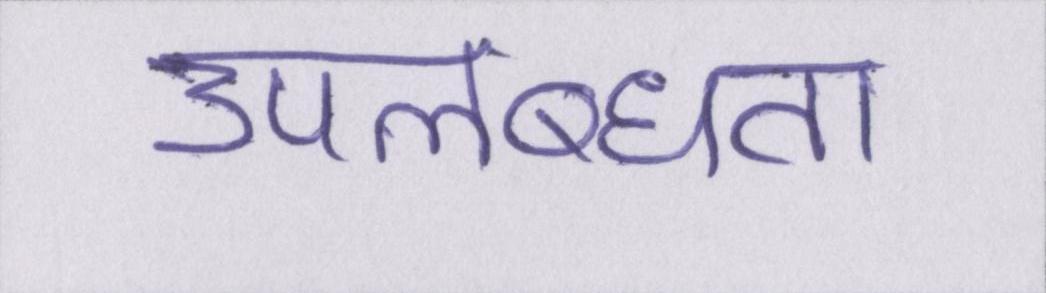
उपलब्धता